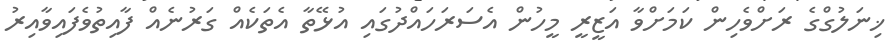
ޚިނަލުގްގެ ރަށްވެހިން ކަމަށްވާ އަޒީރީ މީހުން އެސަރަހައްދުގައި އުޅޭތާ އެތަކެއް ގަރުނެއް ފާއިތުވެފައިވާއިރު